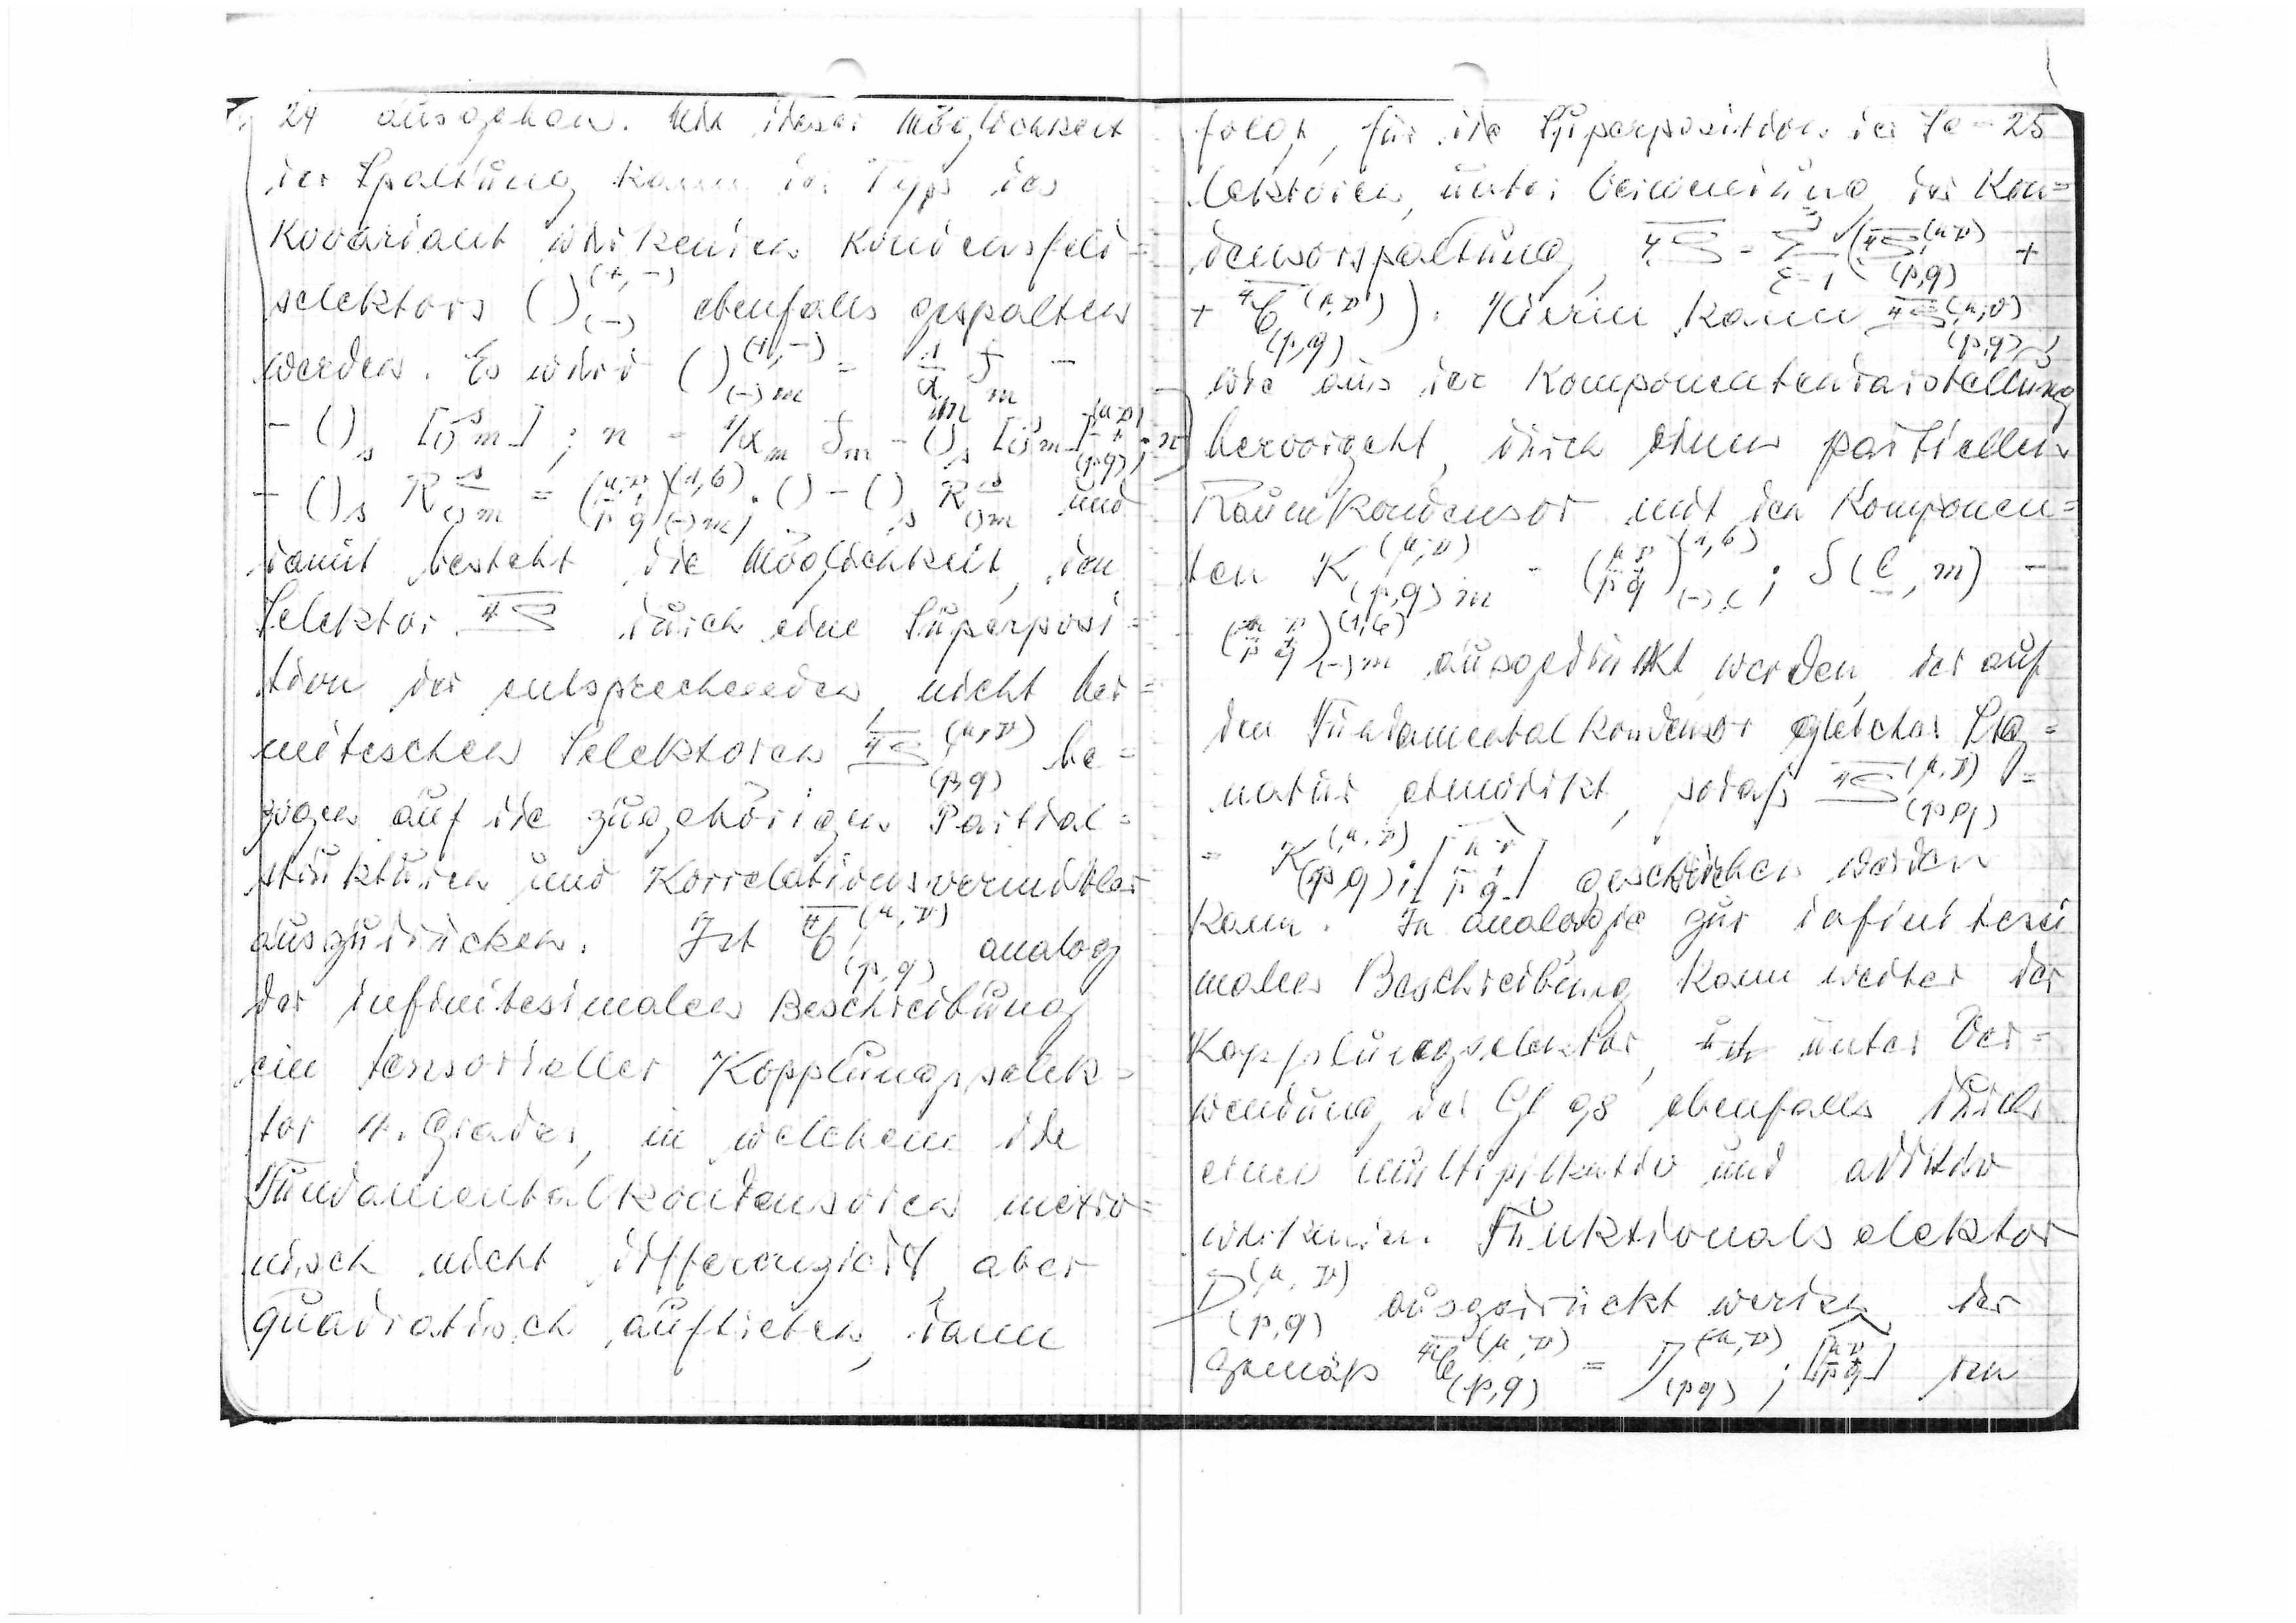
24 ausgehen. Mit dieser Möglichkeit
der Spaltung kann der Typ der
kovariant wirkenden Kondesnfeld
selektors ()(-)
ebenfalls gespalten
(+,-)
werden. Es wird ()(-)m
Damit besteht die Möglichkeit
den
=
Selektor 4ρ durch eine Superposi
=
tion der entsprechenden
nciht her
mitischen Selektoren
zogen auf die zugehörigen Partial
strukturen und Korrelationsvermittler
auszudrücken
Ist
analog
der inifitesimalen Beschreibung
ein tensorieller Kopplungsselek
tor 4. Grades, in welchem die
Fundamentalkondensoren metro
nicht nicht differenziert aber
quadratisch auftreten, kann

folgt fpr die Superposition der Se=25
lektoren unter Vermeidung der Kon=
densorspaltung
Hiervon kann
wie aus der Komponentendarstellung
hervorgeht, durch einen partiellen
Raumkondensor mit den Komponen
(μ,ν)
ausgedrückt werden, der auf
den Fundamentalkondensor gleicher Sig
natur einwirkt, sodaß
geschrieben werden
kann. In Analogie zur Infinitesi
der
malen Beschreibung kann weiter
Kopplungsselektor, untern Ver
wendung von Gl 98 ebenfalls durch
einen multiplikativ und additiv
wirkenden Funktionalselektor
der
(p, q)eingesetzt werden